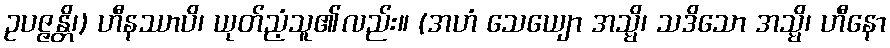
ဥပဇ္ဇန္တိ၊) ဟီနဿာပိ၊ ယုတ်ညံ့သူ၏လည်း။ (အဟံ သေယျော အသ္မိ၊ သဒိသော အသ္မိ၊ ဟီနော